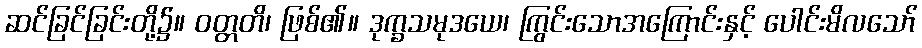
ဆင်ခြင်ခြင်းတို့၌။ ဝတ္တတိ၊ ဖြစ်၏။ ဒုက္ခသမုဒယေ၊ ကြွင်းသောအကြောင်းနှင့် ပေါင်းမိလသော်